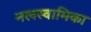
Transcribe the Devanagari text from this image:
नखस्वामिका